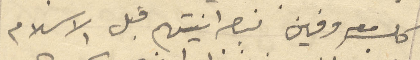
كلب معروفين بنصرانيتهم قبل الاسلام